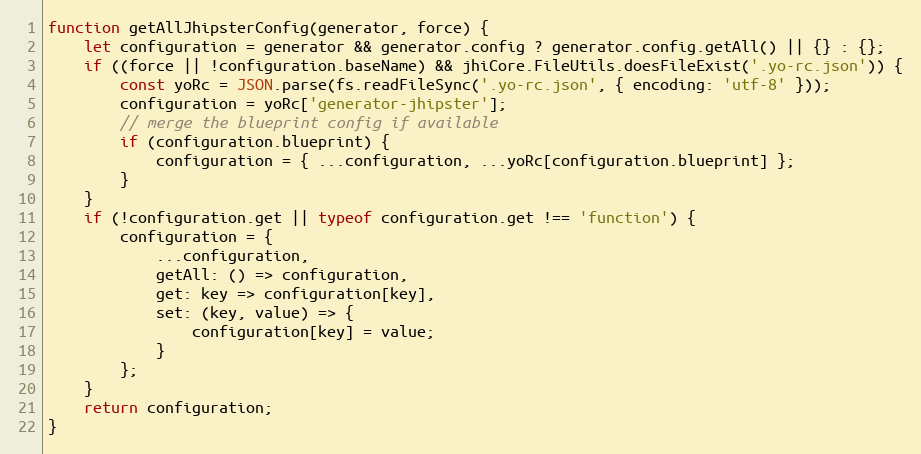
Language: JavaScript
function getAllJhipsterConfig(generator, force) {
    let configuration = generator && generator.config ? generator.config.getAll() || {} : {};
    if ((force || !configuration.baseName) && jhiCore.FileUtils.doesFileExist('.yo-rc.json')) {
        const yoRc = JSON.parse(fs.readFileSync('.yo-rc.json', { encoding: 'utf-8' }));
        configuration = yoRc['generator-jhipster'];
        // merge the blueprint config if available
        if (configuration.blueprint) {
            configuration = { ...configuration, ...yoRc[configuration.blueprint] };
        }
    }
    if (!configuration.get || typeof configuration.get !== 'function') {
        configuration = {
            ...configuration,
            getAll: () => configuration,
            get: key => configuration[key],
            set: (key, value) => {
                configuration[key] = value;
            }
        };
    }
    return configuration;
}